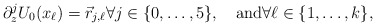
\begin{align*}\partial_z^j U_{0}(x_\ell)=\vec r_{j,\ell}\forall j\in \{0,\dots, 5\},\quad\mbox{and}\forall \ell\in\{1,\dots, k\},\end{align*}